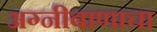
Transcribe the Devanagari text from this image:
अग्नीबाणाचा